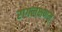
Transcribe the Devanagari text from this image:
रागलक्षणम्